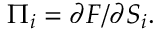
\Pi _ { i } = \partial { \cal F } / \partial S _ { i } .